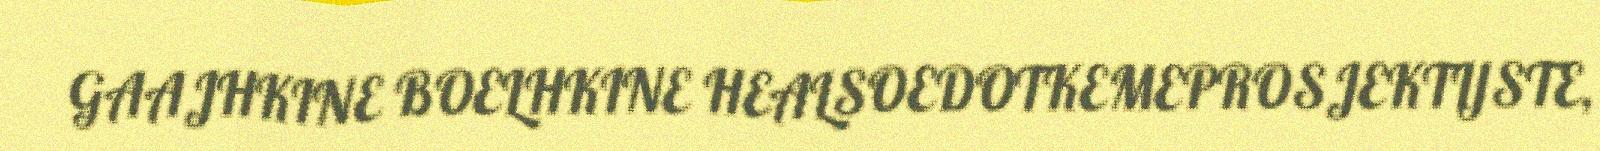
GAAJHKINE BOELHKINE HEALSOEDOTKEMEPROSJEKTIJSTE,